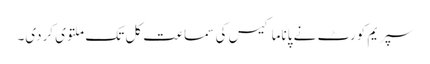
سپریم کورٹ نے پاناما کیس کی سماعت کل تک ملتوی کردی۔